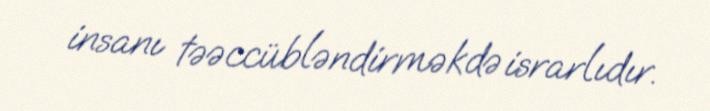
insanı təəccübləndirməkdə israrlıdır.